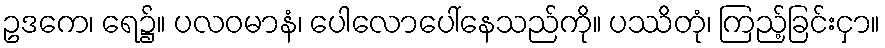
ဥဒကေ၊ ရေ၌။ ပလဝမာနံ၊ ပေါလောပေါ်နေသည်ကို။ ပဿိတုံ၊ ကြည့်ခြင်းငှာ။